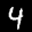
Label: 4